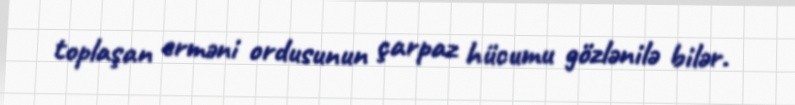
toplaşan erməni ordusunun çarpaz hücumu gözlənilə bilər.